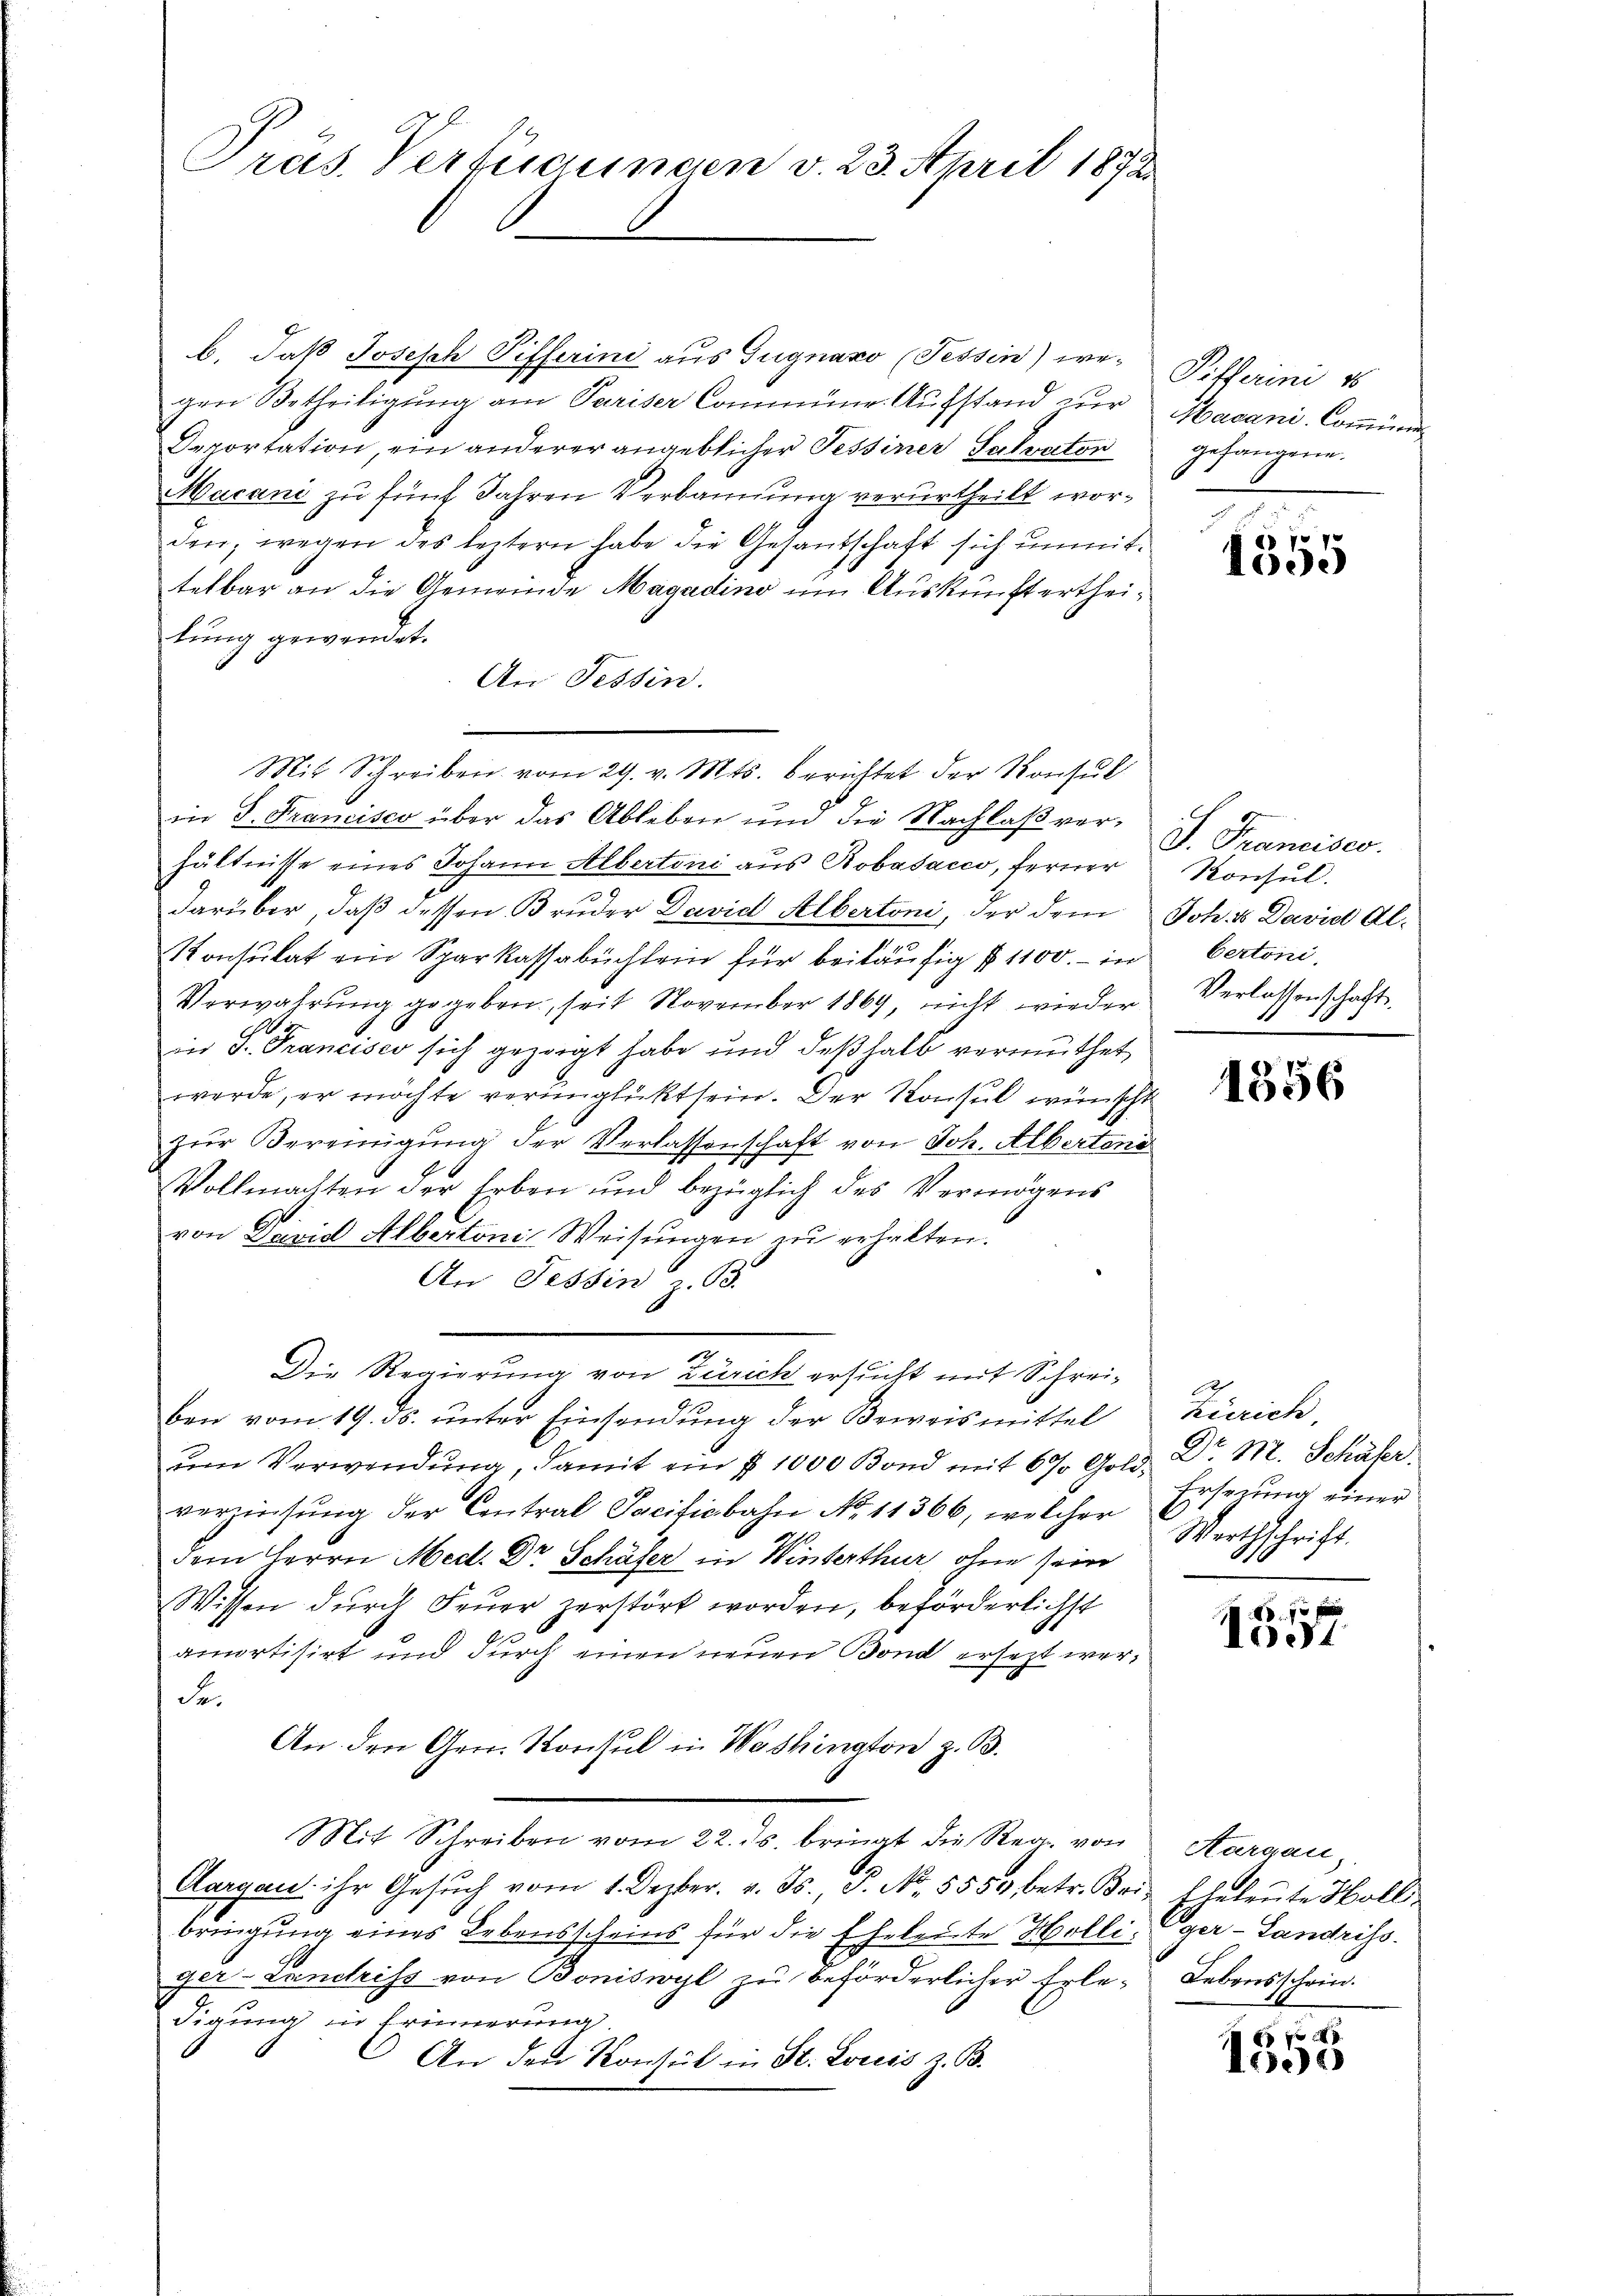
Präs. Verfügungen v. 23. April 1872

b. daß Joseph Pifferini aus Zugnaxo (Tessin) wegen Betheiligŭng am Pariser Commüner-Aŭfstand zŭr Macani-Commini¬
Deportation, ein anderer angeblicher Tessiner Salvaton
Macani zu fünf Jahren Verbannung verurtheilt worden, wegen des leztern habe die Gesandschaft sich unmittetbar an die Gemeinde Magadino um Auskunft ertheilung gewendet.
An Tessin.
in S. Francisco über das Ableben und die Nachlaß verhältnisse eines Johann Albertoni aus Robasacco, ferner
darüber, daß dessen Bruder David Albertoni, der dem Joh. David Al¬
Konsulat ein Sparkassabuchlein für beiläufig § 1100.- in
Verwahrung gegeben, seit November 1869, nicht wieder
in P. Francisco sich gezeigt habe und deßhalb vermuthet,
werde, er möchte verunglückt sein. Der Konsul wünscht
zŭr Vereinigung der Verlassenschaft von Joh. Alberteni
Vollmachten der Erben und bezüglich des Vermögens
von David Albertonis Weisungen zu erhalten.
An Tessin z. B.
Die Regierung von Zürich ersucht mit Schreiben vom 19. ds. unter Einsendung der Beweismittel
ŭm Verwendŭng, damit ein § 1000 Bond mit 6% Gold Dr. M. Schüler
verziehung der Contral Tacitiebahn No. 11366, welcher
dem Herrn Med. Dr. Schäfer in Winterthur, ohne sein
Wissen durch Feuer zerstört worden, beförderlichst
amortisirt und durch einen neuen Bond ersezt wer¬
Fr.
An den Gen. Konsul in Washington z. B.
Mit Schreiben vom 22. ds. bringt die Reg. von Aargau,
Aargau ihr Gesŭch vom 1. Dezbr. v. Js., P. N. 5550 betr. Bri- Eheleŭte Holli-
bringung eines Lebensscheins für die Eheleute Holliger-Landriss.
ger-Landriss von Boniswyl zŭ beförderlicher Erle-Lebensschrin
Figung in Erinnerung
An den Konsul in St. Louis z. B.

Mit Schreiben vom 29. v. Mts. berichtet der Konsul

Pillerini 18
gefangene.

67
1005

J. Francises.
Konsul.
bertoni.
Verlassenschaft.

1356

Zürich
Erseuung einer
Wirthschrift.

1070 x
401

Nodo